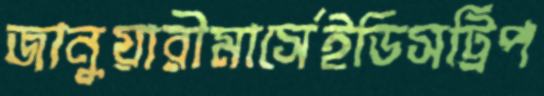
জানুয়ারীমার্সেইডিসট্রিপ